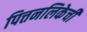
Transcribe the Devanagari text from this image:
पित्तनलिकेची